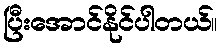
ပြီးအောင်နိုင်ပါတယ်။